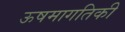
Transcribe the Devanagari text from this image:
ऊषमागतिकी